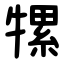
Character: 㹎